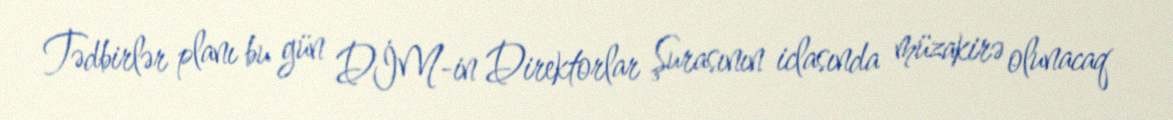
Tədbirlər planı bu gün DİM-in Direktorlar Şurasının iclasında müzakirə olunacaq